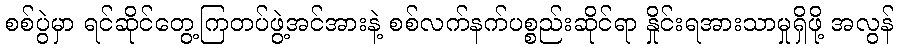
စစ်ပွဲမှာ ရင်ဆိုင်တွေ့ကြတပ်ဖွဲ့အင်အားနဲ့ စစ်လက်နက်ပစ္စည်းဆိုင်ရာ နှိုင်းရအားသာမှုရှိဖို့ အလွန်